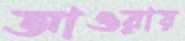
আওরায়